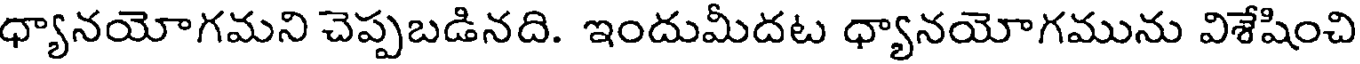
ధ్యానయోగమని చెప్పబడినది. ఇందుమీదట ధ్యానయోగమును విశేషించి